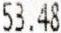
53.48